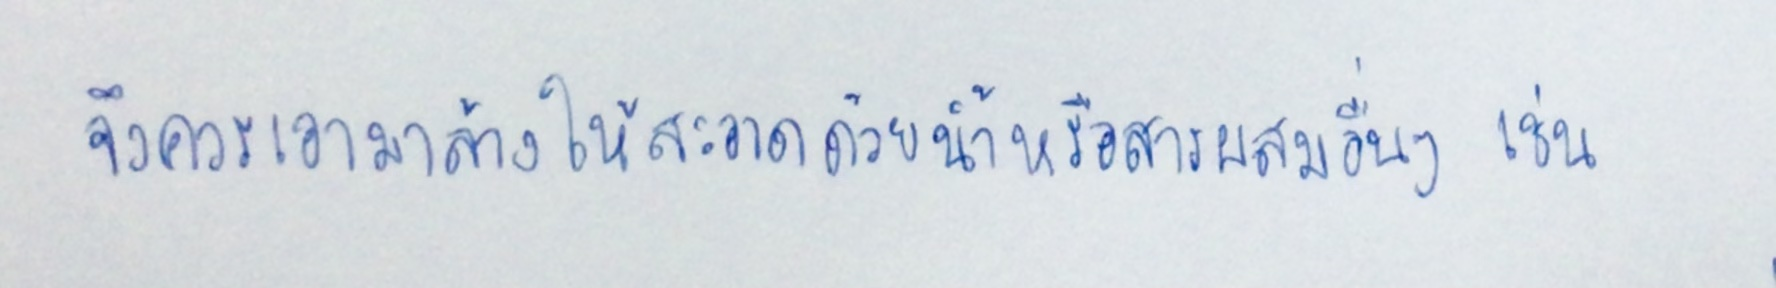
จึงควรเอามาล้างให้สะอาดด้วยน้ำหรือสารผสมอื่นๆเช่น